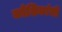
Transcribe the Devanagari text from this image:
कोशिकांची